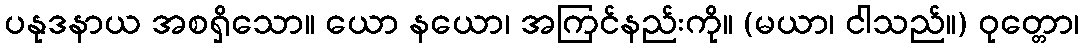
ပနုဒနာယ အစရှိသော။ ယော နယော၊ အကြင်နည်းကို။ (မယာ၊ ငါသည်။) ဝုတ္တော၊